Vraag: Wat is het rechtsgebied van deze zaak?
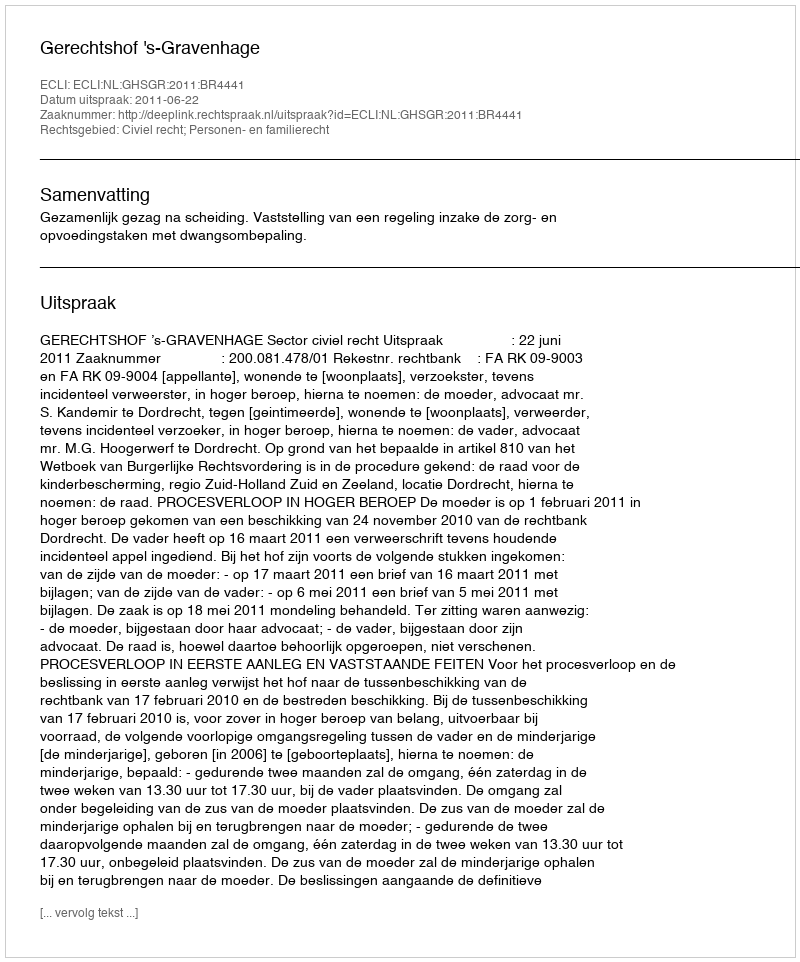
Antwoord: Civiel recht; Personen- en familierecht